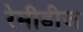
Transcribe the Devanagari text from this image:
रेमीडीज